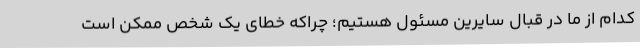
کدام از ما در قبال سایرین مسئول هستیم؛ چراکه خطای یک شخص ممکن است